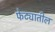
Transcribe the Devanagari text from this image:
फेट्यातील